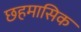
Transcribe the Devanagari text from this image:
छहमासिक